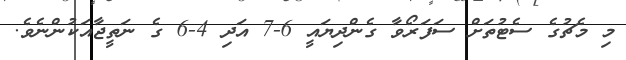
މި މެޗުގެ ސެޓުތަށް ސަފަރޯވާ ގެންދިޔައީ 6-7 އަދި 4-6 ގެ ނަތީޖާއަކުންނެވެ.